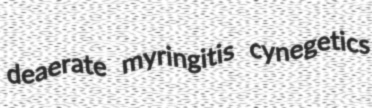
deaerate myringitis cynegetics